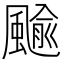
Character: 䬔